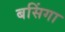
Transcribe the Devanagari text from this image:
बसिंगा